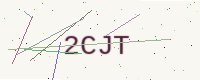
Text: 2CJT